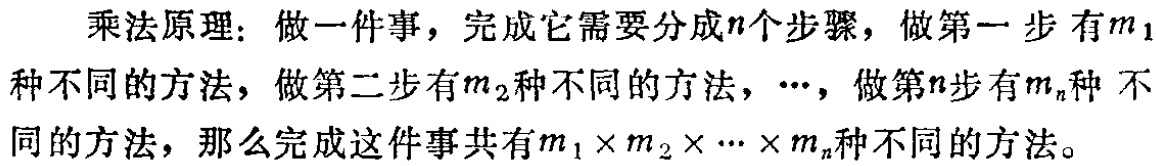
乘法原理：做一件事，完成它需要分成\(n\)个步骤，做第一步有\(m_1\)种不同的方法，做第二步有\(m_2\)种不同的方法，\(\cdots\)，做第\(n\)步有\(m_n\)种不同的方法，那么完成这件事共有\(m_1\times m_2\times\cdots\times m_n\)种不同的方法。